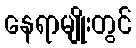
နေရာမျိုးတွင်